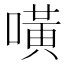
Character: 𠾛